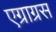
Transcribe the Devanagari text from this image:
एग्राग्रस